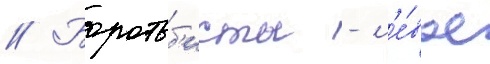
// Боротьб'исты - л'е́вое